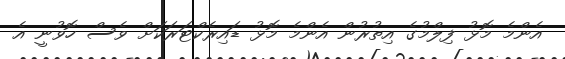
އެންމެ މޮޅު ފިލްމުގެ އިތުރުން އެންމެ މޮޅު ޑައިރެކްޓަރަކަށް ވެސް ހޮވުނީ އެ